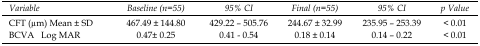
| Variable | Baseline (n=55) | 95% CI | Final (n=55) | 95% CI | p Value |
 | --- | --- | --- | --- | --- | --- |
 | CFT (μm) Mean ± SD | 467.49 ± 144.80 | 429.22 – 505.76 | 244.67 ± 32.99 | 235.95 – 253.39 | < 0.01 |
 | BCVA Log MAR | 0.47± 0.25 | 0.41 - 0.54 | 0.18 ± 0.14 | 0.14 – 0.22 | < 0.01 |